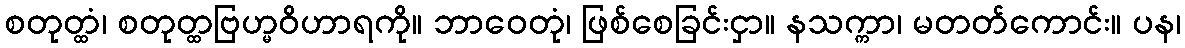
စတုတ္ထံ၊ စတုတ္ထဗြဟ္မဝိဟာရကို။ ဘာဝေတုံ၊ ဖြစ်စေခြင်းငှာ။ နသက္ကာ၊ မတတ်ကောင်း။ ပန၊